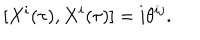
\lbrack X ^ { i } ( \tau ) , X ^ { i } ( \tau ) ] = i \theta ^ { i j } .